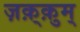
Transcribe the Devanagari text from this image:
ज़क़्क़ुम्